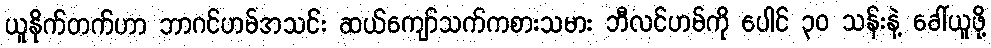
ယူနိုက်တက်ဟာ ဘာဂင်ဟမ်အသင်း ဆယ်ကျော်သက်ကစားသမား ဘီလင်ဟမ်ကို ပေါင် ၃၀ သန်းနဲ့ ခေါ်ယူဖို့